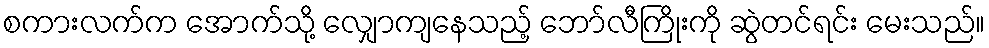
စကားလက်က အောက်သို့ လျှောကျနေသည့် ဘော်လီကြိုးကို ဆွဲတင်ရင်း မေးသည်။